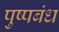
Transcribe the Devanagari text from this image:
पुष्पबंध